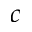
c